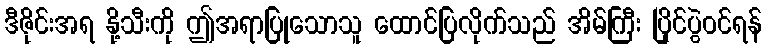
ဒီဇိုင်းအရ နို့သီးကို ဤအရာပြုသောသူ ထောင်ပြလိုက်သည် အိမ်ကြီး ပြိုင်ပွဲဝင်ရန်